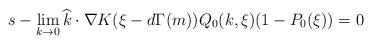
LaTeX: \begin{align*}s-\lim_{k\rightarrow 0} \widehat{k}\cdot \nabla K(\xi-d\Gamma(m))Q_0(k,\xi)(1-P_0(\xi))= 0\end{align*}